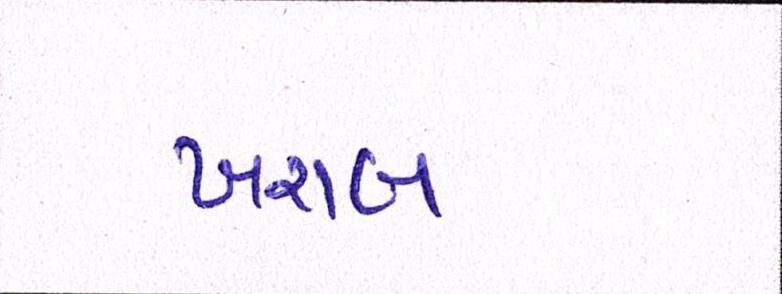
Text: ખરાબ